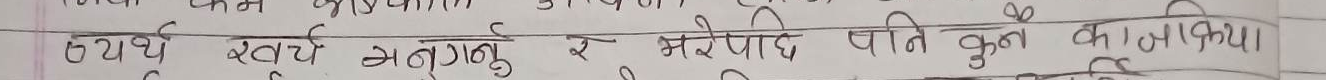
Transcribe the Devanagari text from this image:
अथ खर्च अनुगर्नु र मरेपछि पति कुन काग किया